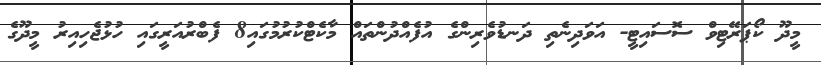
މީދޫ ކޯޕަރޭޓިވް ސޮސައިޓީ- އަވަދިނެތި ދަނޑުވެރިންގެ އުފެއްދުންތައް މާކެޓްކުރުމުގައި8 ފެބްރުއަރީގައި ހުޅުޖެހިއިރު މީދޫގެ